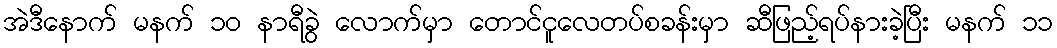
အဲဒီနောက် မနက် ၁၀ နာရီခွဲ လောက်မှာ တောင်ငူလေတပ်စခန်းမှာ ဆီဖြည့်ရပ်နားခဲ့ပြီး မနက် ၁၁